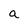
Character: a